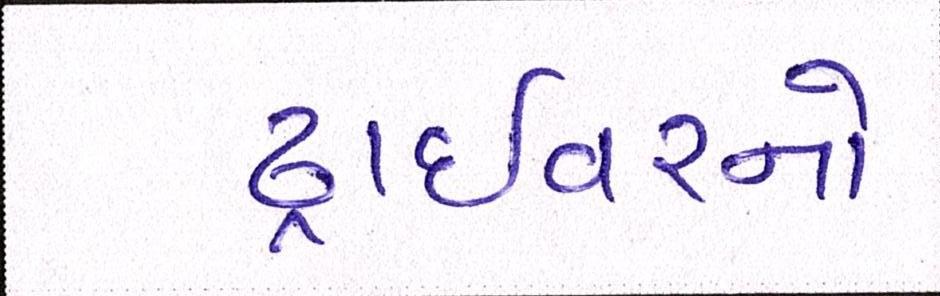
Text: ડ્રાઇવરનો